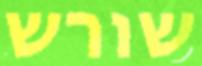
שורש